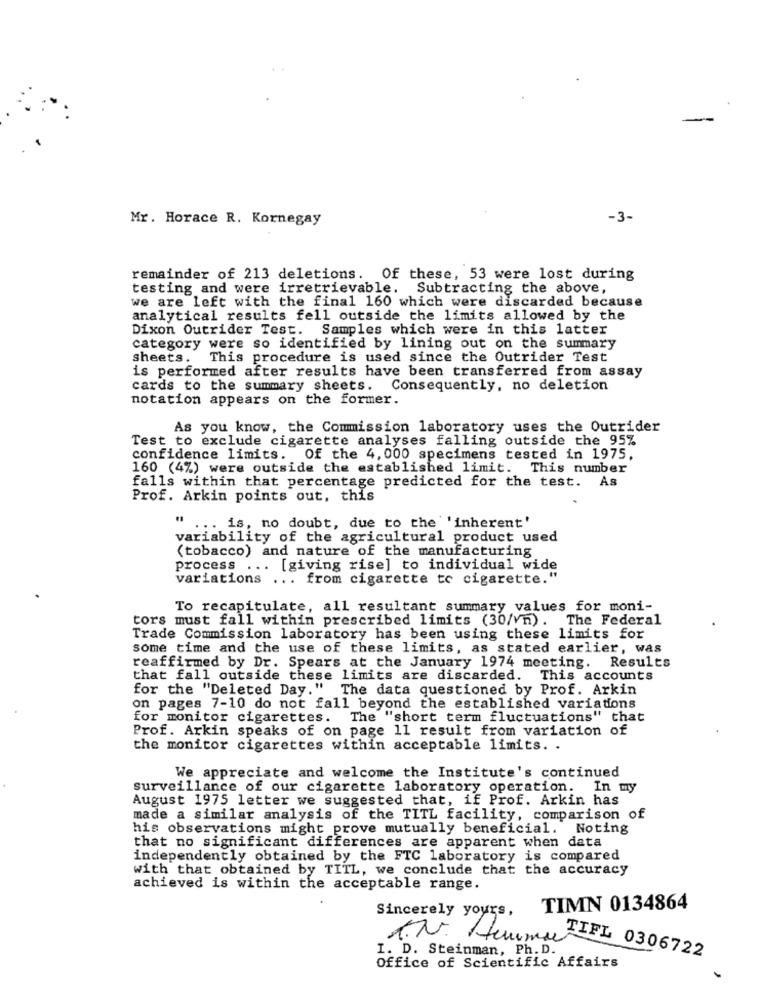
Mr. Horace R. Kornegay
-3-
remainder of 213 deletions. Of these, 53 were lost during
testing and were irretrievable.
Subtracting the above,
we are left with the final 160 which were discarded because
analytical results fell outside the limits allowed by the
Dixon Outrider Test. Samples which were in this latter
category were so identified by lining out on the summary
sheets.
This procedure is used since the Outrider Test
is performed after results have been transferred from assay
cards to the summary sheets.
Consequently, no deletion
notation appears on the former.
As you know, the Commission laboratory uses the Outrider
Test to exclude cigarette analyses falling outside the 95%
confidence limits. Of the 4, 000 specimens tested in 1975,
160 (4%) were outside the established limit. This number
falls within that percentage predicted for the test. As
Prof. Arkin points out, this
:: : is. no doubt, due to the 'inherent'
variability of the agricultural product used
(tobacco) and nature of the manufacturing
process ... [giving rise] to individual wide
variations ... from cigarette to cigarette."
To recapitulate, all resultant summary values for moni-
tors must fall within prescribed limits (30/vn). The Federal
Trade Commission laboratory has been using these limits for
some time and the use of these limits, as stated earlier, was
reaffirmed by Dr. Spears at the January 1974 meeting. Results
that fall outside these limits are discarded. This accounts
for the "Deleted Day." The data questioned by Prof. Arkin
on pages 7-10 do not fall beyond the established variations
for monitor cigarettes. The "short term fluctuations" that
Prof. Arkin speaks of on page 11 result from variation of
the monitor cigarettes within acceptable limits. .
We appreciate and welcome the Institute's continued
surveillance of our cigarette laboratory operation. In my
August 1975 letter we suggested that, if Prof. Arkin has
made a similar analysis of the TITL facility, comparison of
his observations might prove mutually beneficial. Noting
that no significant differences are apparent when data
independently obtained by the FTC laboratory is compared
with that obtained by TITL, we conclude that the accuracy
achieved is within the acceptable range.
Sincerely yours,
TIMN 0134864
A.N. Hemma
I. D. Steinman, Ph. D.
TIFL 0306722
Office of Scientific Affairs